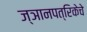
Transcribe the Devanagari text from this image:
ज्ञानपत्रिकेचे